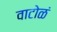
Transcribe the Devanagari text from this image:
वाटोळं